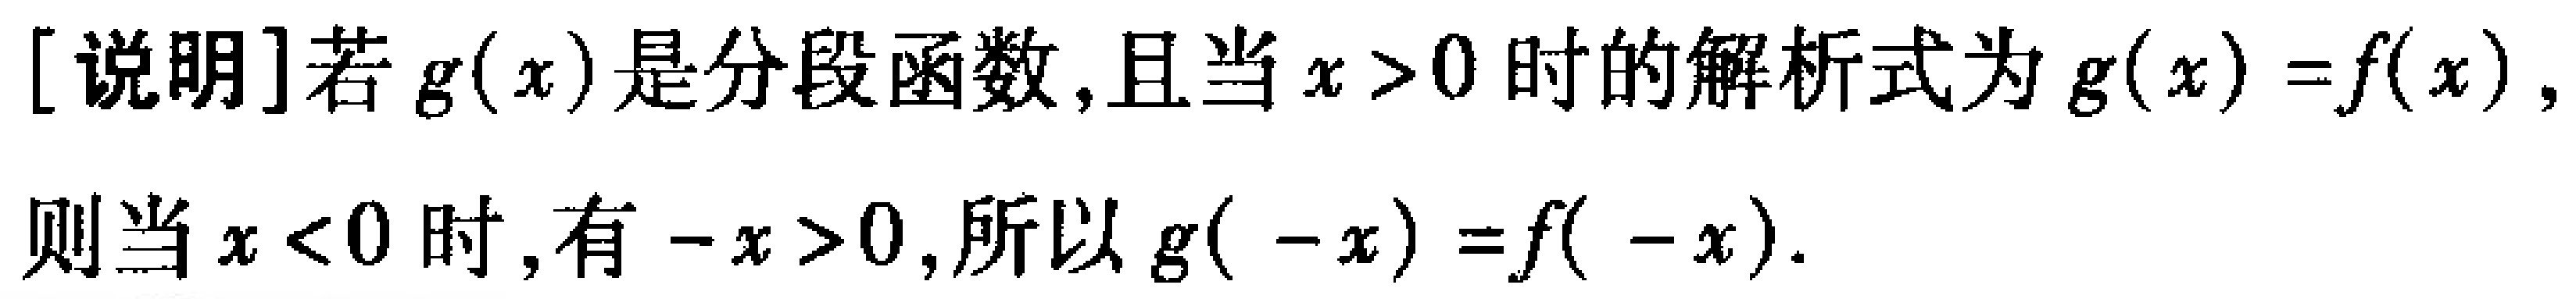
[说明]若\(g(x)\)是分段函数,且当\(x > 0\)时的解析式为\(g(x)=f(x)\),则当\(x < 0\)时,有\(-x > 0\),所以\(g(-x)=f(-x)\).